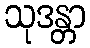
သုဒန္တာ